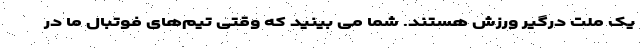
یک ملت درگیر ورزش هستند. شما می بینید که وقتی تیم‌های فوتبال ما در